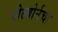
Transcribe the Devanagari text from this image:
शेल्बोर्नचा